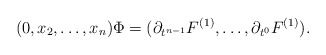
\begin{align*}(0,x_2,\dots,x_{n})\Phi=(\partial_{t^{n-1}}F^{(1)},\dots,\partial_{t^{0}}F^{(1)}).\end{align*}